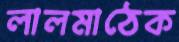
লালমাঠেক